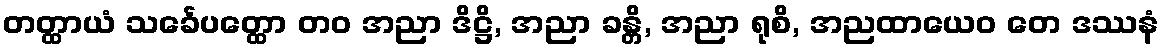
တတ္ထာယံ သင်္ခေပတ္ထော တဝ အညာ ဒိဋ္ဌိ, အညာ ခန္တိ, အညာ ရုစိ, အညထာယေဝ တေ ဒဿနံ